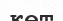
көт